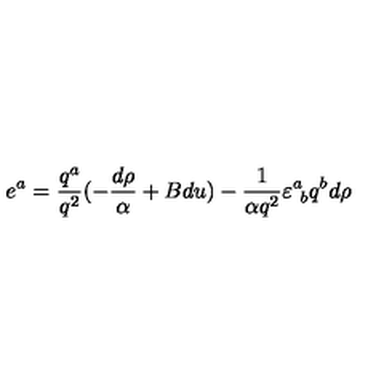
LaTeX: e ^ { a } = { \frac { q ^ { a } } { q ^ { 2 } } } ( - { \frac { d \rho } { \alpha } } + B d u ) - { \frac { 1 } { \alpha q ^ { 2 } } } \varepsilon _ { \ b } ^ { a } q ^ { b } d \rho